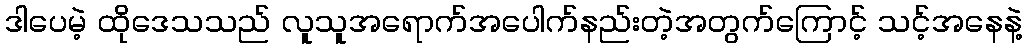
ဒါပေမဲ့ ထိုဒေသသည် လူသူအရောက်အပေါက်နည်းတဲ့အတွက်ကြောင့် သင့်အနေနဲ့